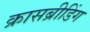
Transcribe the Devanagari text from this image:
क्रासब्रीडिंग